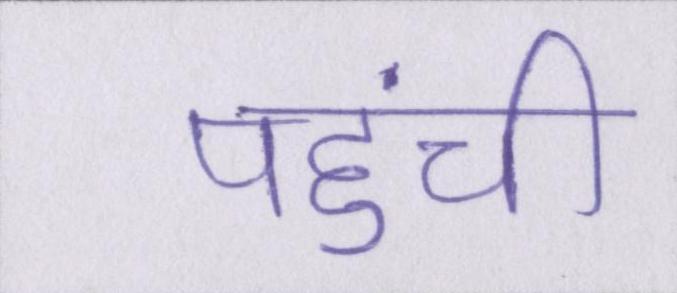
पहुंची